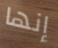
إنها